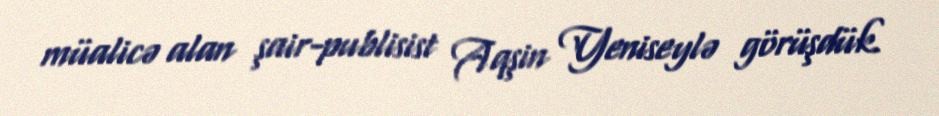
müalicə alan şair-publisist Aqşin Yeniseylə görüşdük.